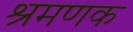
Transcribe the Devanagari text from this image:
श्रमणक